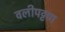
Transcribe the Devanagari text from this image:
वलीपट्टण